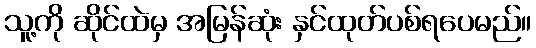
သူ့ကို ဆိုင်ထဲမှ အမြန်ဆုံး နှင်ထုတ်ပစ်ရပေမည်။